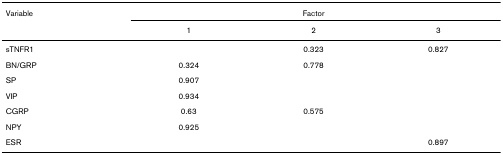
<table><thead><tr><td><b>Variable</b></td><td colspan="3"><b>Factor</b></td></tr><tr><td></td><td><b>1</b></td><td><b>2</b></td><td><b>3</b></td></tr></thead><tbody><tr><td>sTNFR1</td><td></td><td>0.323</td><td>0.827</td></tr><tr><td>BN/GRP</td><td>0.324</td><td>0.778</td><td></td></tr><tr><td>SP</td><td>0.907</td><td></td><td></td></tr><tr><td>VIP</td><td>0.934</td><td></td><td></td></tr><tr><td>CGRP</td><td>0.63</td><td>0.575</td><td></td></tr><tr><td>NPY</td><td>0.925</td><td></td><td></td></tr><tr><td>ESR</td><td></td><td></td><td>0.897</td></tr></tbody></table>